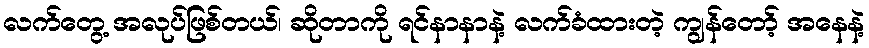
လက်တွေ့ အလုပ်ဖြစ်တယ်၊ ဆိုတာကို ရင်နာနာနဲ့ လက်ခံထားတဲ့ ကျွန်တော့် အနေနဲ့